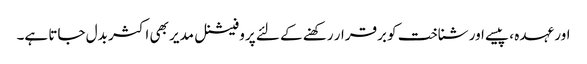
اور عہدہ ، پیسے اور شناخت کو برقرار رکھنے کے لئے پروفیشنل مدیر بھی اکثر بدل جاتا ہے۔